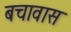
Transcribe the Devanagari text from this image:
बचावास